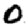
Digit: 0